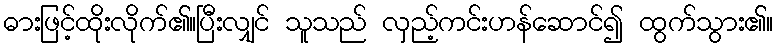
ဓားဖြင့်ထိုးလိုက်၏။ပြီးလျှင် သူသည် လှည့်ကင်းဟန်ဆောင်၍ ထွက်သွား၏။